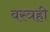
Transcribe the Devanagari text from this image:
वस्त्रही